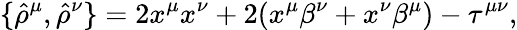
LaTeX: \{ {\hat{\rho}}^{\mu},{\hat{\rho}}^{\nu}\} =2x^{\mu}x^{\nu}+2(x^{\mu}\beta^{\nu}+x^{\nu}\beta^{\mu})-\tau^{\mu\nu},